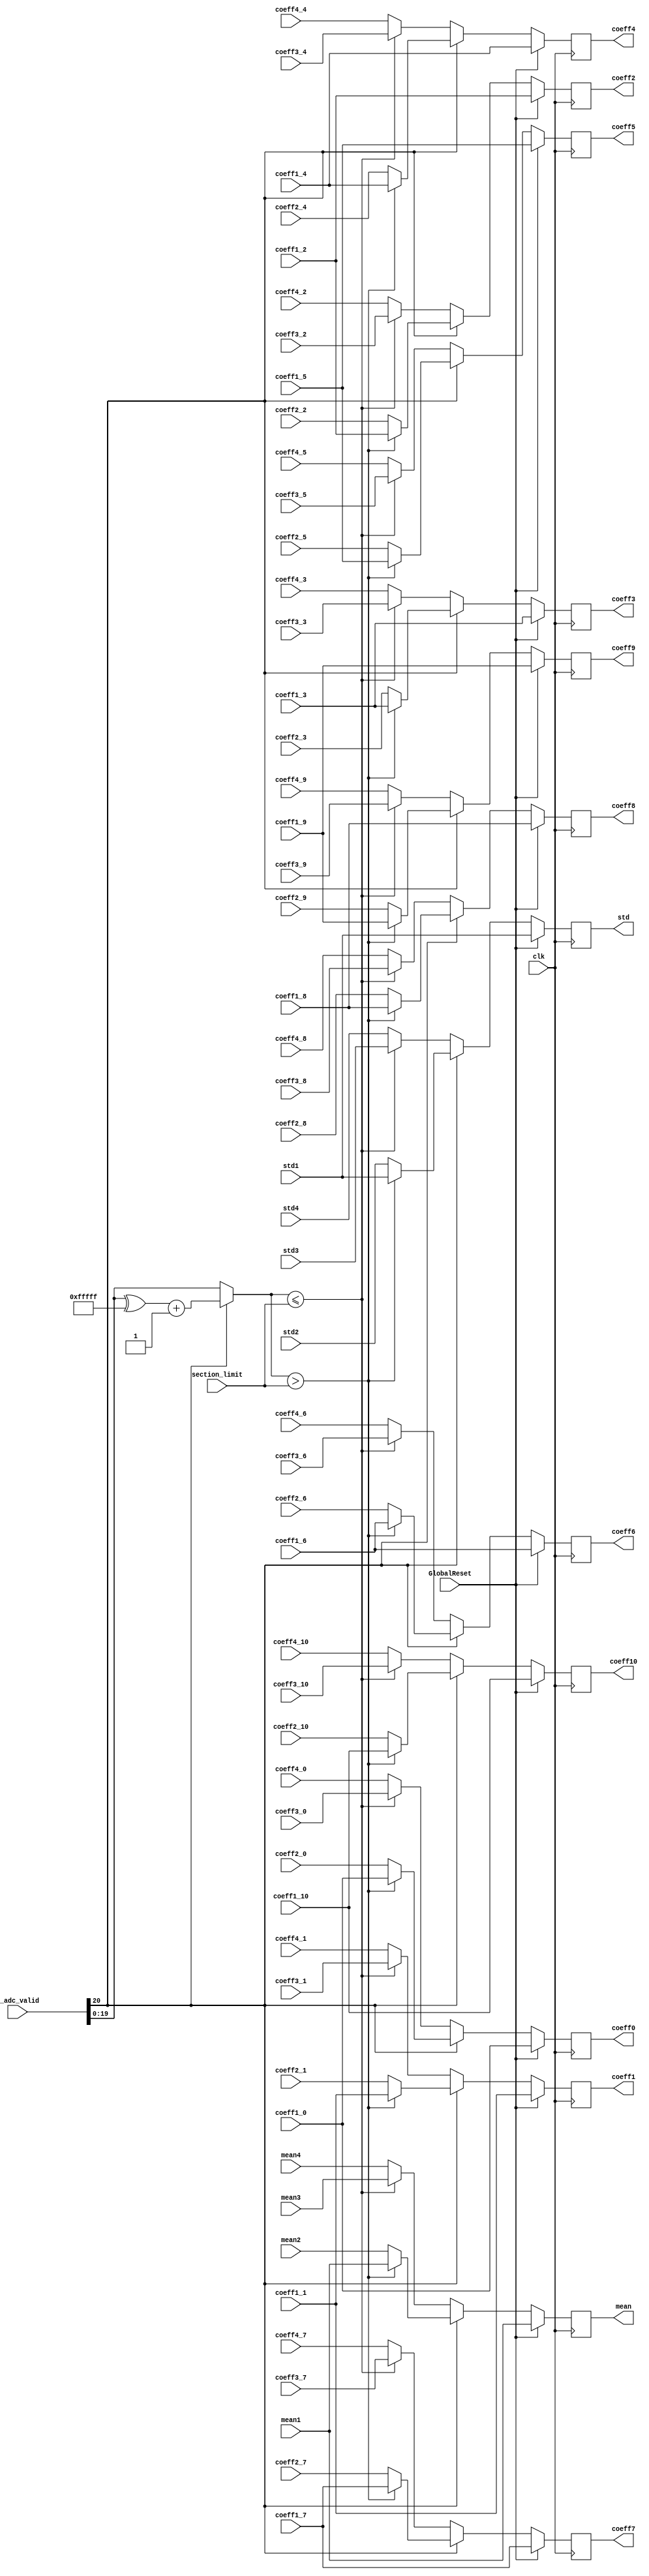
module comparator ( 
	clk,
	GlobalReset,
    x_adc_valid,
	section_limit,
	coeff1_0,
	coeff1_1,
	coeff1_2,
	coeff1_3,
	coeff1_4,
	coeff1_5,
	coeff1_6,
	coeff1_7,
	coeff1_8,
	coeff1_9,
	coeff1_10,
	mean1,
	std1,
	coeff2_0,
	coeff2_1,
	coeff2_2,
	coeff2_3,
	coeff2_4,
	coeff2_5,
	coeff2_6,
	coeff2_7,
	coeff2_8,
	coeff2_9,
	coeff2_10,
	mean2,
	std2,
	coeff3_0,
	coeff3_1,
	coeff3_2,
	coeff3_3,
	coeff3_4,
	coeff3_5,
	coeff3_6,
	coeff3_7,
	coeff3_8,
	coeff3_9,
	coeff3_10,
	mean3,
	std3,
	coeff4_0,
	coeff4_1,
	coeff4_2,
	coeff4_3,
	coeff4_4,
	coeff4_5,
	coeff4_6,
	coeff4_7,
	coeff4_8,
	coeff4_9,
	coeff4_10,
	mean4,
	std4,
	coeff0,
	coeff1,
	coeff2,
	coeff3,
	coeff4,
	coeff5,
	coeff6,
	coeff7,
	coeff8,
	coeff9,
	coeff10,
	mean,
	std
    );

////////////////////////////////////////////////////////////////
//  Inputs & Outputs
input clk;
input GlobalReset;

input [20:0] x_adc_valid;
input [19:0] section_limit;

input [31:0] coeff1_0;
input [31:0] coeff1_1;
input [31:0] coeff1_2;
input [31:0] coeff1_3;
input [31:0] coeff1_4;
input [31:0] coeff1_5;
input [31:0] coeff1_6;
input [31:0] coeff1_7;
input [31:0] coeff1_8;
input [31:0] coeff1_9;
input [31:0] coeff1_10;
input [31:0] mean1;
input [31:0] std1;

input [31:0] coeff2_0;
input [31:0] coeff2_1;
input [31:0] coeff2_2;
input [31:0] coeff2_3;
input [31:0] coeff2_4;
input [31:0] coeff2_5;
input [31:0] coeff2_6;
input [31:0] coeff2_7;
input [31:0] coeff2_8;
input [31:0] coeff2_9;
input [31:0] coeff2_10;
input [31:0] mean2;
input [31:0] std2;

input [31:0] coeff3_0;
input [31:0] coeff3_1;
input [31:0] coeff3_2;
input [31:0] coeff3_3;
input [31:0] coeff3_4;
input [31:0] coeff3_5;
input [31:0] coeff3_6;
input [31:0] coeff3_7;
input [31:0] coeff3_8;
input [31:0] coeff3_9;
input [31:0] coeff3_10;
input [31:0] mean3;
input [31:0] std3;

input [31:0] coeff4_0;
input [31:0] coeff4_1;
input [31:0] coeff4_2;
input [31:0] coeff4_3;
input [31:0] coeff4_4;
input [31:0] coeff4_5;
input [31:0] coeff4_6;
input [31:0] coeff4_7;
input [31:0] coeff4_8;
input [31:0] coeff4_9;
input [31:0] coeff4_10;
input [31:0] mean4;
input [31:0] std4;

output reg [31:0] coeff0;
output reg [31:0] coeff1;
output reg [31:0] coeff2;
output reg [31:0] coeff3;
output reg [31:0] coeff4;
output reg [31:0] coeff5;
output reg [31:0] coeff6;
output reg [31:0] coeff7;
output reg [31:0] coeff8;
output reg [31:0] coeff9;
output reg [31:0] coeff10;
output reg [31:0] mean;
output reg [31:0] std;
	
////////////////////////////////////////////////////////////////
//  reg & wire declarations
reg [31:0] absx; //stores absolute value of x_adc_valid

reg [31:0] coeff0_r;
reg [31:0] coeff1_r;
reg [31:0] coeff2_r;
reg [31:0] coeff3_r;
reg [31:0] coeff4_r;
reg [31:0] coeff5_r;
reg [31:0] coeff6_r;
reg [31:0] coeff7_r;
reg [31:0] coeff8_r;
reg [31:0] coeff9_r;
reg [31:0] coeff10_r;
reg [31:0] mean_r;
reg [31:0] std_r;

////////////////////////////////////////////////////////////////
//  Modules


////////////////////////////////////////////////////////////////
//  Combinational Logic

always @( * ) begin
	absx = ( x_adc_valid[20] ? ( (x_adc_valid ^ 21'hFFFFFF) + 21'b1 ) : (x_adc_valid) );
	absx = absx[19:0];
	
	if ( x_adc_valid[20] ) begin
		if ( absx > section_limit ) begin
			coeff0_r = coeff1_0;
			coeff1_r = coeff1_1;
			coeff2_r = coeff1_2;
			coeff3_r = coeff1_3;
			coeff4_r = coeff1_4;
			coeff5_r = coeff1_5;
			coeff6_r = coeff1_6;
			coeff7_r = coeff1_7;
			coeff8_r = coeff1_8;
			coeff9_r = coeff1_9;
			coeff10_r = coeff1_10;
			mean_r = mean1;
			std_r = std1;
		end
		else begin
			coeff0_r = coeff2_0;
			coeff1_r = coeff2_1;
			coeff2_r = coeff2_2;
			coeff3_r = coeff2_3;
			coeff4_r = coeff2_4;
			coeff5_r = coeff2_5;
			coeff6_r = coeff2_6;
			coeff7_r = coeff2_7;
			coeff8_r = coeff2_8;
			coeff9_r = coeff2_9;
			coeff10_r = coeff2_10;
			mean_r = mean2;
			std_r = std2;
		end
	end
	else begin
		if ( absx <= section_limit ) begin
			coeff0_r = coeff3_0;
			coeff1_r = coeff3_1;
			coeff2_r = coeff3_2;
			coeff3_r = coeff3_3;
			coeff4_r = coeff3_4;
			coeff5_r = coeff3_5;
			coeff6_r = coeff3_6;
			coeff7_r = coeff3_7;
			coeff8_r = coeff3_8;
			coeff9_r = coeff3_9;
			coeff10_r = coeff3_10;
			mean_r = mean3;
			std_r = std3;
		end
		else begin
			coeff0_r = coeff4_0;
			coeff1_r = coeff4_1;
			coeff2_r = coeff4_2;
			coeff3_r = coeff4_3;
			coeff4_r = coeff4_4;
			coeff5_r = coeff4_5;
			coeff6_r = coeff4_6;
			coeff7_r = coeff4_7;
			coeff8_r = coeff4_8;
			coeff9_r = coeff4_9;
			coeff10_r = coeff4_10;
			mean_r = mean4;
			std_r = std4;
		end
	end
end

////////////////////////////////////////////////////////////////
//  Registers
always @(posedge clk) begin
    if (GlobalReset == 1'b1) begin
		coeff0 <= coeff1_0;
		coeff1 <= coeff1_1;
		coeff2 <= coeff1_2;
		coeff3 <= coeff1_3;
		coeff4 <= coeff1_4;
		coeff5 <= coeff1_5;
		coeff6 <= coeff1_6;
		coeff7 <= coeff1_7;
		coeff8 <= coeff1_8;
		coeff9 <= coeff1_9;
		coeff10 <= coeff1_10;
		mean <= mean1;
		std <= std1;
    end
	else begin
		coeff0 <= coeff0_r;
		coeff1 <= coeff1_r;
		coeff2 <= coeff2_r;
		coeff3 <= coeff3_r;
		coeff4 <= coeff4_r;
		coeff5 <= coeff5_r;
		coeff6 <= coeff6_r;
		coeff7 <= coeff7_r;
		coeff8 <= coeff8_r;
		coeff9 <= coeff9_r;
		coeff10 <= coeff10_r;
		mean <= mean_r;
		std <= std_r;
	end
end

endmodule